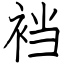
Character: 裆